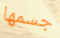
جسمها